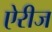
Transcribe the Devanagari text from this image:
ऐरीज